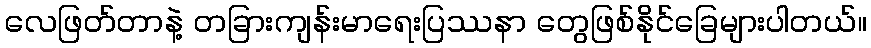
လေဖြတ်တာနဲ့ တခြားကျန်းမာရေးပြဿနာ တွေဖြစ်နိုင်ခြေများပါတယ်။